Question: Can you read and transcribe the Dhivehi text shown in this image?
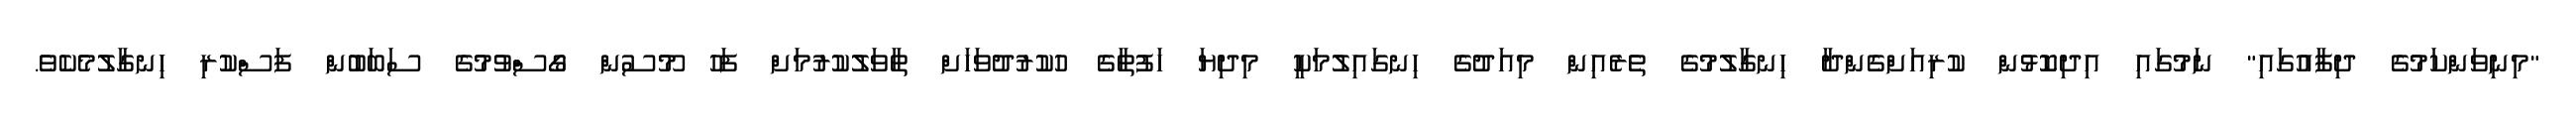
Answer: "މިނިވަންކަމުގެ ދިފާއުގައި" ނަމުގައި އިދިކޮޅުން ކުރިއަށްގެންދާ ހިނގާލުމުގެ ތެރެއިން މިއަދުގެ ހިނގައިލުމަކީ މިދިޔަ ހަފުތާގެ ހުކުރުދުވަހަށް ތާވަލުކުރުމަށް ފަހު މޫސުން ގޯސްވުމުގެ ސަބަބުން ފަސްކުރި ހިނގާލުމެކެވެ.